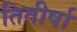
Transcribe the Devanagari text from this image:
तितीर्षा